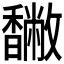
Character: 𩡡